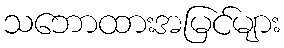
သဘောထားအမြင်များ